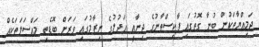
ޖަމިއްޔާތަކުން ބުނާ ގޮތުގައި ޕާކިސްތާނުގެ ޖިނާއީ އަދުލުގެ ނިޒާމުގައި ވަރަށް ބޮޑެތި މައްސަލަތަކެއް